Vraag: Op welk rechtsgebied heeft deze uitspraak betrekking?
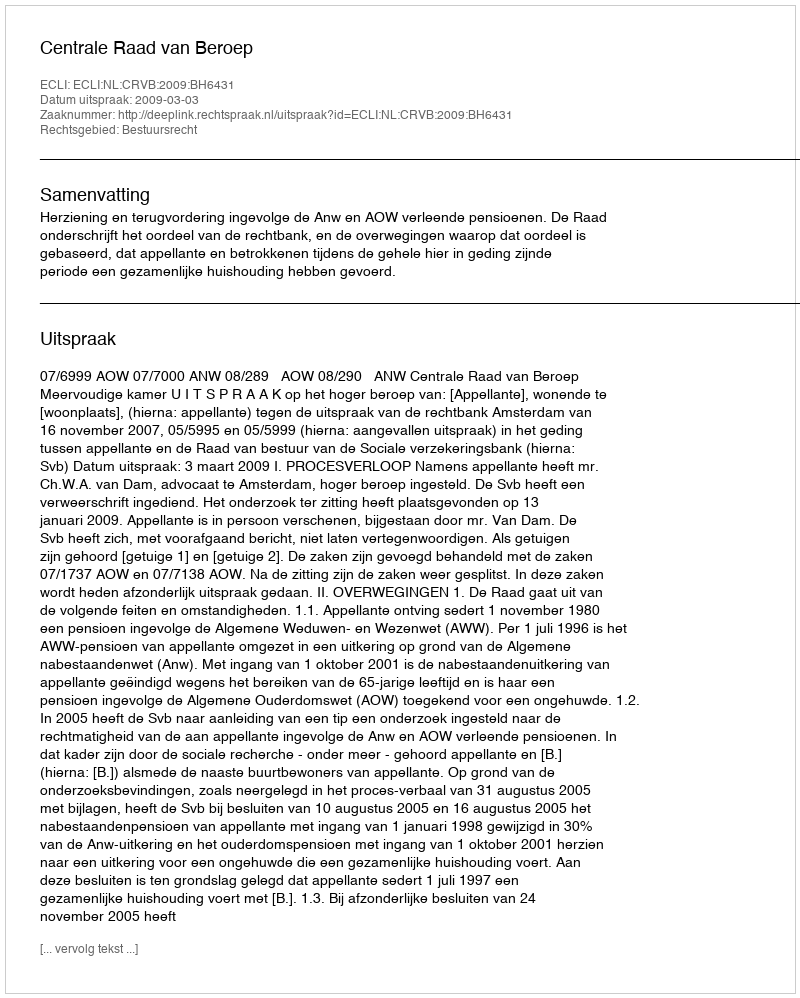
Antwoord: Bestuursrecht